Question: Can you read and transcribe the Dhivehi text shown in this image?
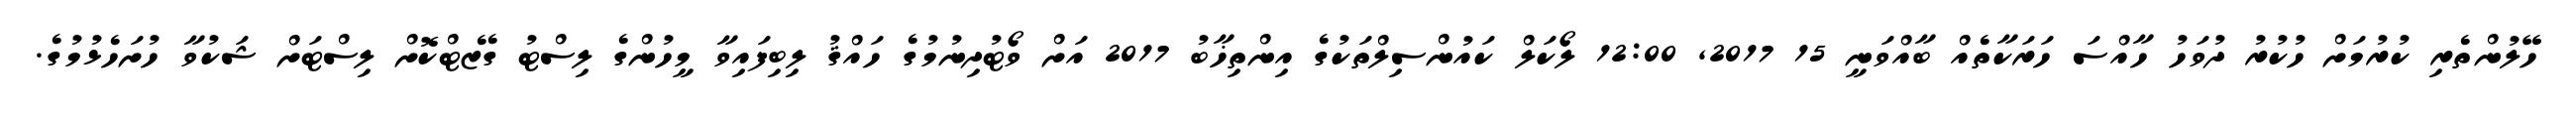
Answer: ހޭލުންތެރި ކުރުމަށް ހުކުރު ދުވަހު ހާއްސަ ހަރަކާތެއް ބާއްވަނީ 15 2017, 12:00 ލޯކަލް ކައުންސިލްތަކުގެ އިންތިޚާބު 2017 އަށް ވޯޓުދިނުމުގެ ހައްޤު ލިބިފައިވާ މީހުންގެ ލިސްޓު ގެޒެޓްކޮށް ލިސްޓަށް ޝަކުވާ ހުށަހެޅުމުގެ.